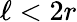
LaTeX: \ell<2r